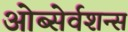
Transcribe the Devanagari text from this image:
ओब्सेर्वशन्स